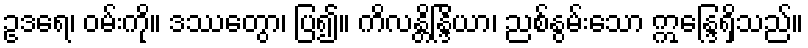
ဥဒရေ၊ ဝမ်းကို။ ဒဿေတွာ၊ ပြ၍။ ကိလန္တိန္ဒြိယာ၊ ညစ်နွမ်းသော ဣန္ဒြေရှိသည်။